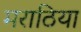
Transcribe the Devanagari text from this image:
मराठिया